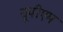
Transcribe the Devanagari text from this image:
यूपीएम